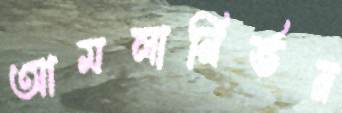
আমলানির্ভর